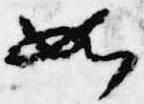
如